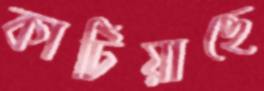
কাটিয়াছে